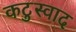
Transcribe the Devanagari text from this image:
कटुस्वाद